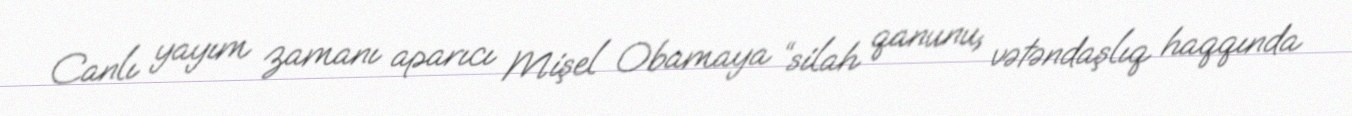
Canlı yayım zamanı aparıcı Mişel Obamaya “silah qanunu, vətəndaşlıq haqqında